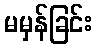
မမှန်ခြင်း